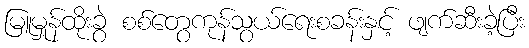
မြူမှုန်ထိုးခွဲ စစ်တွေကုန်သွယ်ရေးစခန်းနှင့် ဖျက်ဆီးခဲ့ပြီး